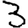
Digit: 3